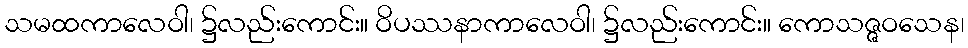
သမထကာလေဝါ၊ ၌လည်းကောင်း။ ဝိပဿနာကာလေဝါ၊ ၌လည်းကောင်း။ ကောသဇ္ဇဝသေန၊